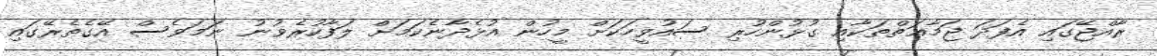
ރާއްޖޭގައި އެފަދަ ޖަމާޢަތްތަކާއި ގުޅުންހުރި ސައުވީހަކަށް މީހުން އުޅެދާނެކަމަށް ލަފާކުރެވުނު ނަމަވެސް އޭގެތެރޭގައި